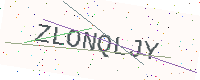
Text: ZLONQLJY